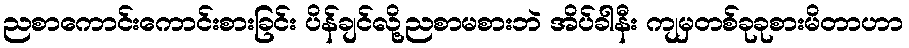
ညစာကောင်းကောင်းစားခြင်း ပိန်ချင်လို့ညစာမစားဘဲ အိပ်ခါနီး ကျမှတစ်ခုခုစားမိတာဟာ